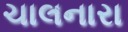
ચાલનારા